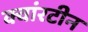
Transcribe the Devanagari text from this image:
क्वांरटीन